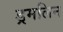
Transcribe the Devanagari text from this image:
ड्रमलिन